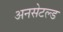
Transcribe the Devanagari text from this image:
अनसेटल्ड